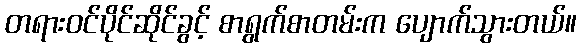
တရားဝင်ပိုင်ဆိုင်ခွင့် စာရွက်စာတမ်းက ပျောက်သွားတယ်။